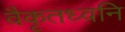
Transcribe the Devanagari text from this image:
वैकृतध्वनि